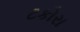
ટકોરા